King Institute of Preventive Medicine Micro-Biological Section reports 1909-11
Year: 1909
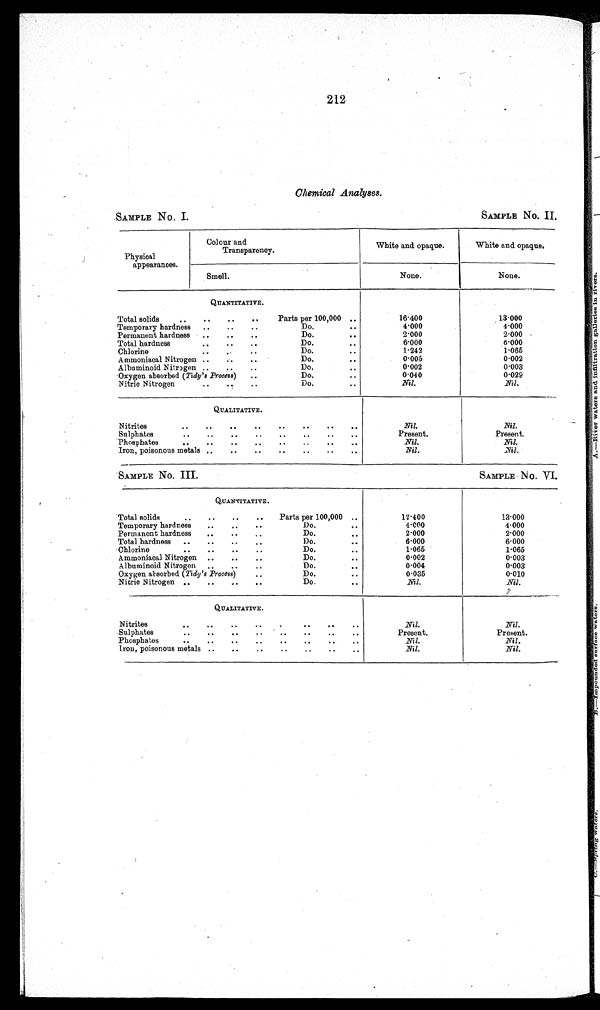
212
Chemical Analyses.
.SAMPLE NO. I.
SAMPLE NO. II
Physical
appearances.
Colour and
Transparency.
White and opaque.
White and opaque.
Smell.
None.
None.
Q U A N T I T A T I V E .
Total solids
..
..
..
.
Parts per 100,000 ..
16.400
13.000
Temporary hardness
..
..
..
Do.
..
4.000
4.000
Permanent hardness
..
..
..
Do.
2.000
2.000
Total hardness
..
..
Do... 6.000
6.000
Chlorine
Do... 1.242
1.065
Ammoniacal Nitrogen ..
.
..
Do
0.005
0.002
Albuminoid Nitrogen ..
..
..
Do... 0.002
0.003
Oxygen absorbed (Tidy's Process)
..
Do... 0.040
0.029
Nitric Nitrogen
Do.
Nil.
Nil.
Q U A L I T A T I V E .
Nitrites
..
..
..
..
..
..
..
..
Nil.
Nil.
Sulphates
..
..
..
..
..
..
..
..
Present.
Present.
Phosphates
..
..
00
.
.
.
.
.
Nil.
Nil.
Iron, poisonous metals ..
..
..
..
..
..
..
Nil.
Nil.
SAMPLE No. III.
SAMPLE No. VI.
Q U A N T I T A T I V E .
Total solids
..
..
..
..
Parts per 100,000 .
12.400
13.000
Temporary hardness
..
Do.
..
4.000
4.000
Permanent hardness
..
..
Do..
2.000
2.000
Total hardness
..
..
..
..
Do.
..
6.000
6.000
Chlorine
..
..
OA
..
Do.
..
1.065
1.065
Ammoniacal Nitrogen ..
..
..
Do.
..
0.002
0.003
Albuminoid Nitrogen
.
..
Do.
..
0.004
0.003
Oxygen absorbed (Tidy's Process)
Do.
..
0.035
0.010
Nitric Nitrogen ..
..
..
Do.
Nil.
Nil.
Q U A L I T A T I V E .
Nitrites.. .
..
•
• •
..
..
Nil.
Nil.
Sulphates
..
..
..
..
..
..
..
..
Present.
Present.
Phosphates
..
..
..
..
..
..
..
Nil.
Nil.
Iron, poisonous metals ..
..
..
..
.
..
..
Nil.
Nil.